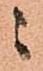
ニ